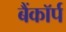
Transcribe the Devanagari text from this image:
बैंकॉर्प